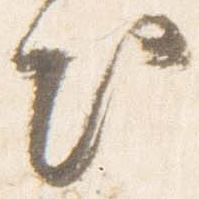
出